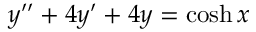
y ^ { \prime \prime } + 4 y ^ { \prime } + 4 y = \cosh x